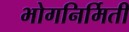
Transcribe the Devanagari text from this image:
भोगनिर्मिती